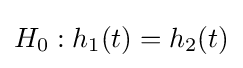
H_{0}:h_{1}(t)=h_{2}(t)